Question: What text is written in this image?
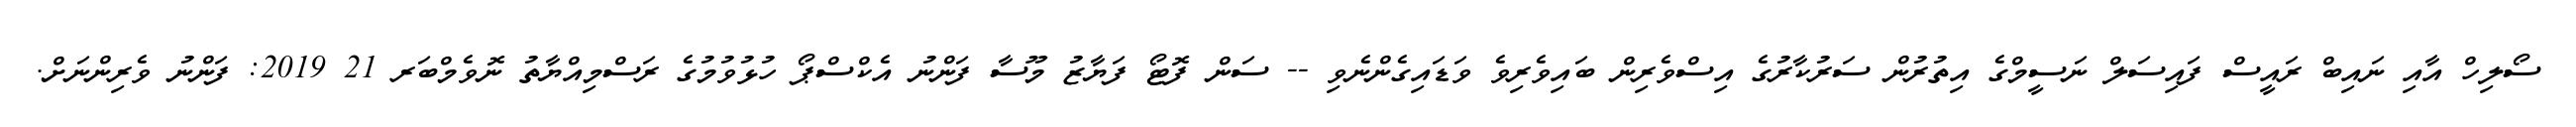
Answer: ސޯލިހް އާއި ނައިބް ރައީސް ފައިސަލް ނަސީމްގެ އިތުރުން ސަރުކާރުގެ އިސްވެރިން ބައިވެރިވެ ވަޑައިގެންނެވި -- ސަން ފޮޓޯ ފަޔާޒު މޫސާ ފަންނު އެކްސްޕޯ ހުޅުވުމުގެ ރަސްމިއްޔާތު ނޮވެމްބަރ 21 2019: ފަންނު ވެރިންނަށް.